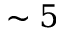
\sim 5